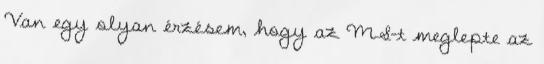
Van egy olyan érzésem, hogy az MS-t meglepte az